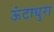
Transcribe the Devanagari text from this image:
ऊंटाधुरा